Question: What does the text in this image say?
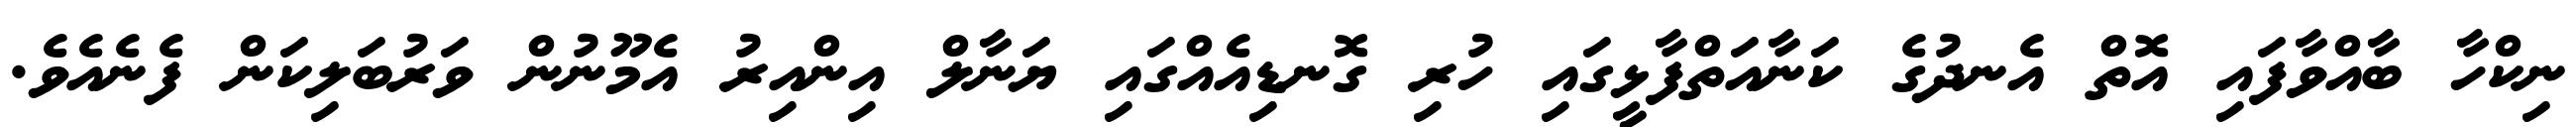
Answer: ނިކްހާ ބާއްވާފައި އޮތް އެނދުގެ ކަނާއަތްފާޅީގައި ހުރި ގޮނޑިއެއްގައި ޔަނާލް އިންއިރު އެމޫނުން ވަރުބަލިކަން ފެނެއެވެ.